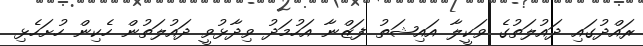
ރައްދުގައި ދައުލަތުގެ ވަކީލާ އައިޝަތު ފަޒްނާ އަހުމަދު ވިދާޅުވީ ދައުލަތުން ހެކިން ހުށަހެޅި